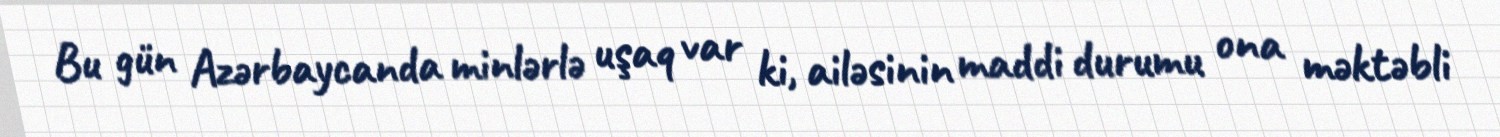
Bu gün Azərbaycanda minlərlə uşaq var ki, ailəsinin maddi durumu ona məktəbli